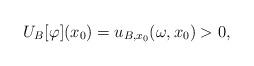
LaTeX: \begin{align*}U_B[\varphi](x_0)=u_{B, x_0}(\omega, x_0)>0,\end{align*}